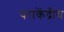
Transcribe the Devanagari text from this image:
पराकेंद्रीय